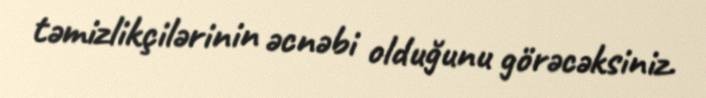
təmizlikçilərinin əcnəbi olduğunu görəcəksiniz.